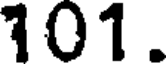
101.